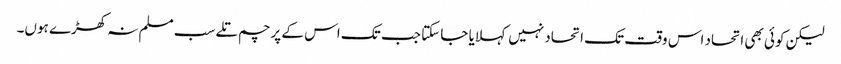
لیکن کوئی بھی اتحاد اس وقت تک اتحاد نہیں کہلایا جا سکتا جب تک اس کے پرچم تلے سب مسلم نہ کھڑے ہوں۔